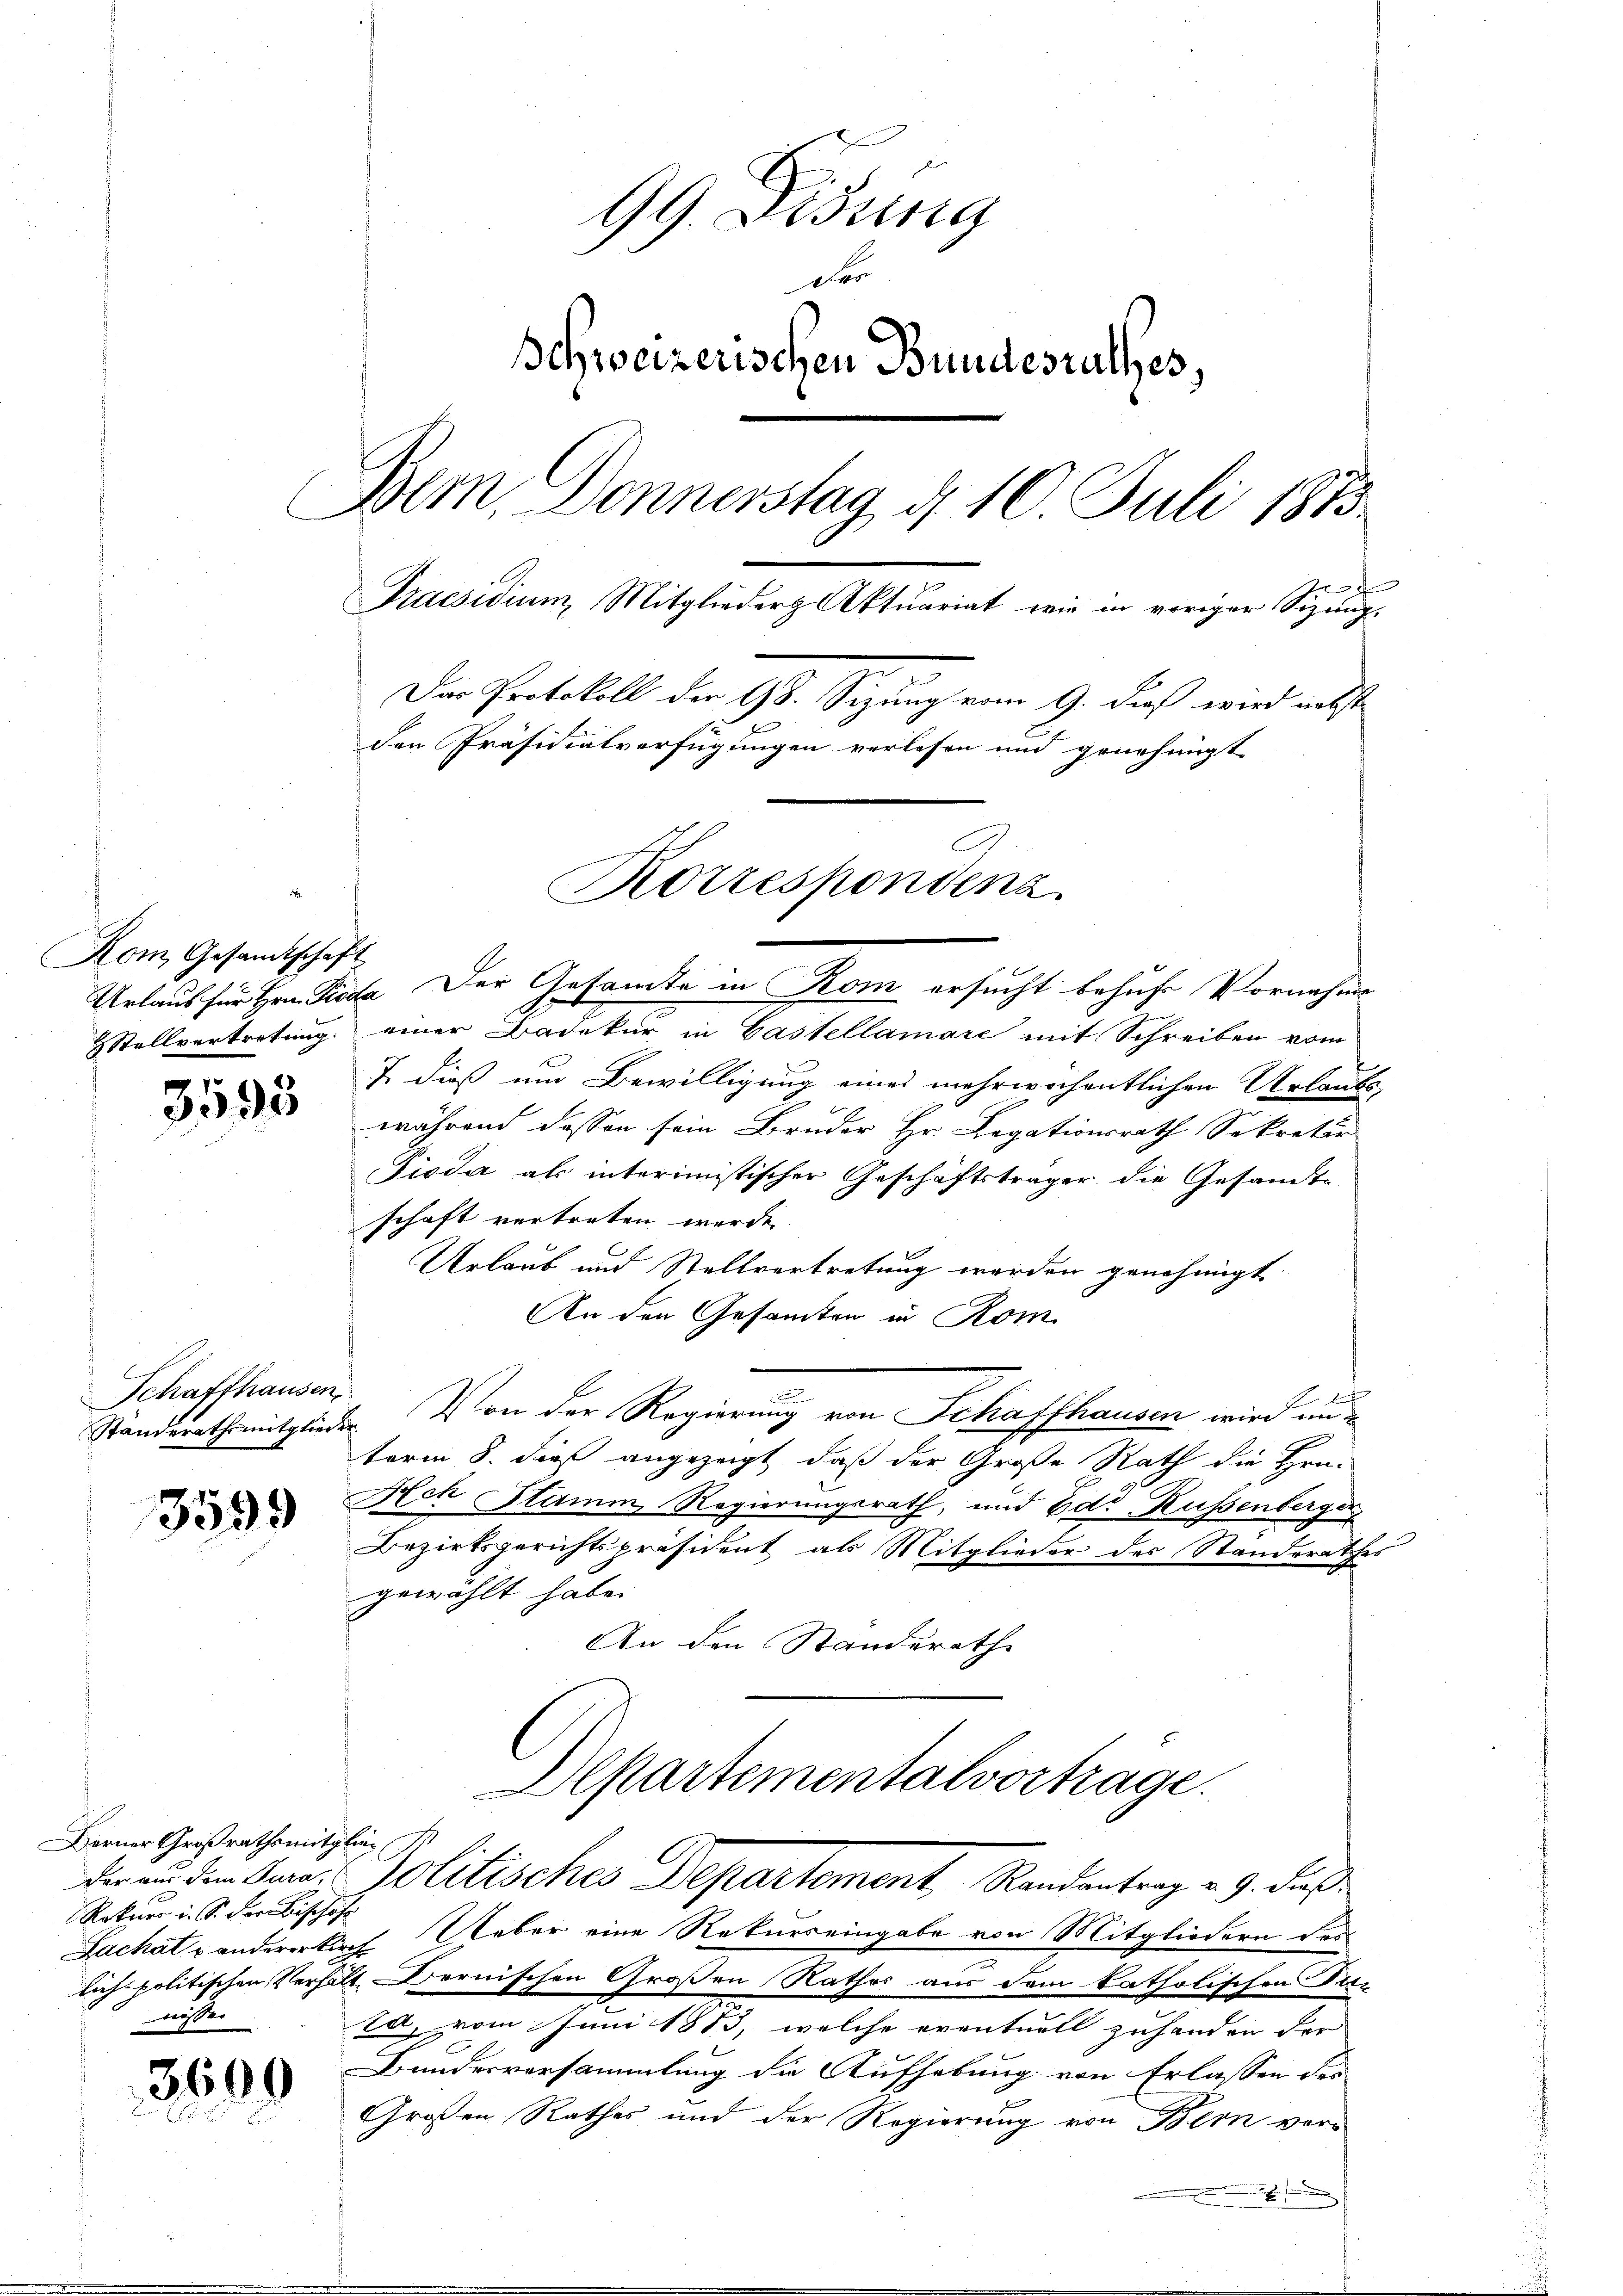
3195

Schaffhausen,

3599

3699

99. Disung
Der
Schweizerischen Bundesrathes,
Bem Donnerstag, d. 10. Juli 1873.
Praesidium, Mitglieder Aktuariat wie in voriger Sizung.
Der Protokoll der Gs. Sitzung vom 9. dieß wird nebst
den Präsidialverfügungen verlesen und genehmigt

Kom, Gesandtschaft

Berner Großrathsmitglieder aus dem Jura,
Fachat u anderer Kirch
wisser

Urlaus für Hrn. Pioda Der Gesamte in Rom ersucht behufs Vornahme
Stellvertretung einer Badekur in Castellamare mit Schreiben vom
7 dieß um Bewilligung eines mehrwöchentlichen Urlaubs-
während dessen sein Bruder Hr. Legationsrath Sekretir
Pioda als interimistischer Geschäftsträger die Gesamte
schaft vertreten werde.
Urlaub und Stellvertretung werden genehmigt
An den Gesamten in Rom
Standsrath mitglieder. Von der Regierung von Schaffhausen wird un
term 8. dieß angezeigt, daß der Große Rath die Hrn.
Nch Stamm, Regierungsrath, und Edr. Kussenberger
Bezirksgerichtspräsident als Mitglieder des Standerathes
gewählt habe. |
An den Standerath
Departementalvortrage.
Politisches Departement, Randantrag v. 9. dieß
Rekurr i. S. der Bisches Ueber eine Rekurs eingabe von Mitgliedern der
lich politischen Verhält Bernischen Großen Rathes aus dem katholischen Fitz
ta, vom Juni 1883, welche eventuell zuhanden der
Bunderversammlung die Aufhebung von Erlassen der
Großen Rathes und der Regierung von Bern vor¬
.

C
Korrespondenz